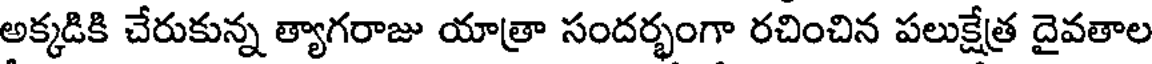
అక్కడికి చేరుకున్న త్యాగరాజు యాత్రా సందర్భంగా రచించిన పలుక్షేత్ర దైవతాల